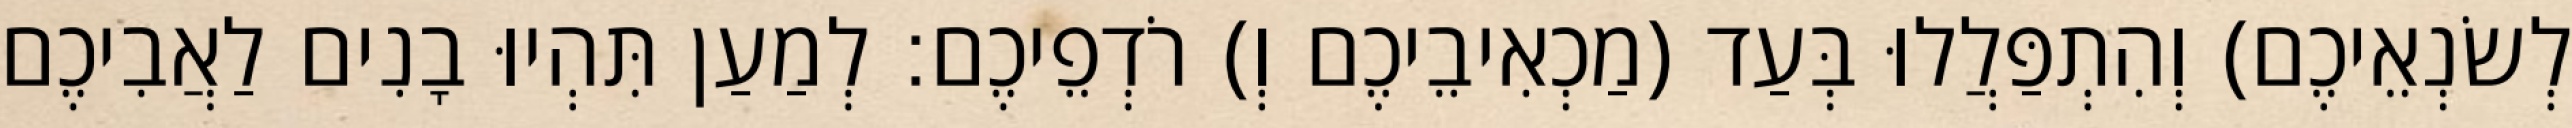
לְשׂנְאֵיכֶם) וְהִתְפַּלֲלוּ בְּעַד (מַכְאִיבֵיכֶם וְ) רֹדְפֵיכֶם׃ לְמַעַן תִּהְיוּ בָנִים לַאֲבִיכֶם